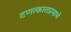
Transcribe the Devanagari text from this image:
टणत्काराप्रमाणे